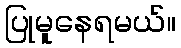
ပြုမူနေရမယ်။